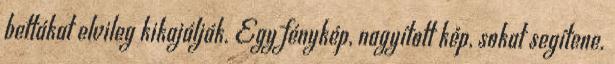
bettákat elvileg kikajálják. Egy fénykép, nagyított kép, sokat segítene.